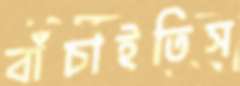
বাঁচাইতিস